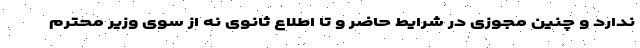
ندارد و چنین مجوزی در شرایط حاضر و تا اطلاع ثانوی نه از سوی وزیر محترم